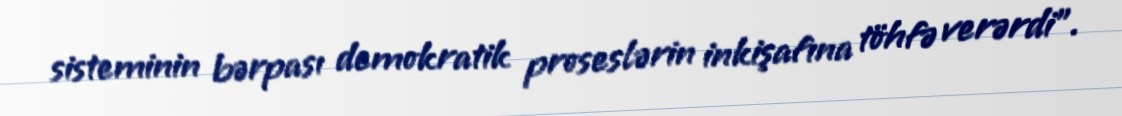
sisteminin bərpası demokratik proseslərin inkişafına töhfə verərdi”.